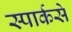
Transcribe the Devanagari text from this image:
स्पार्कसे